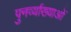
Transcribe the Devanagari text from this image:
पुनर्व्याख्याओं